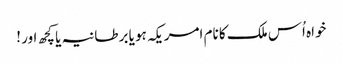
خواہ اُس ملک کا نام امریکہ ہو یا برطانیہ یا کچھ اور !